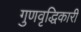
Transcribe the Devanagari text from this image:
गुणवृद्धिकारी